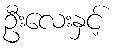
ဦးလေးနှင့်